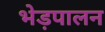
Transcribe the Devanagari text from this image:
भेड़पालन